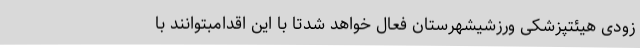
زودی هیئتپزشکی ورزشیشهرستان فعال خواهد شدتا با این اقدامبتوانند با